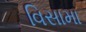
વિસામા